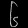
Digit: ၆